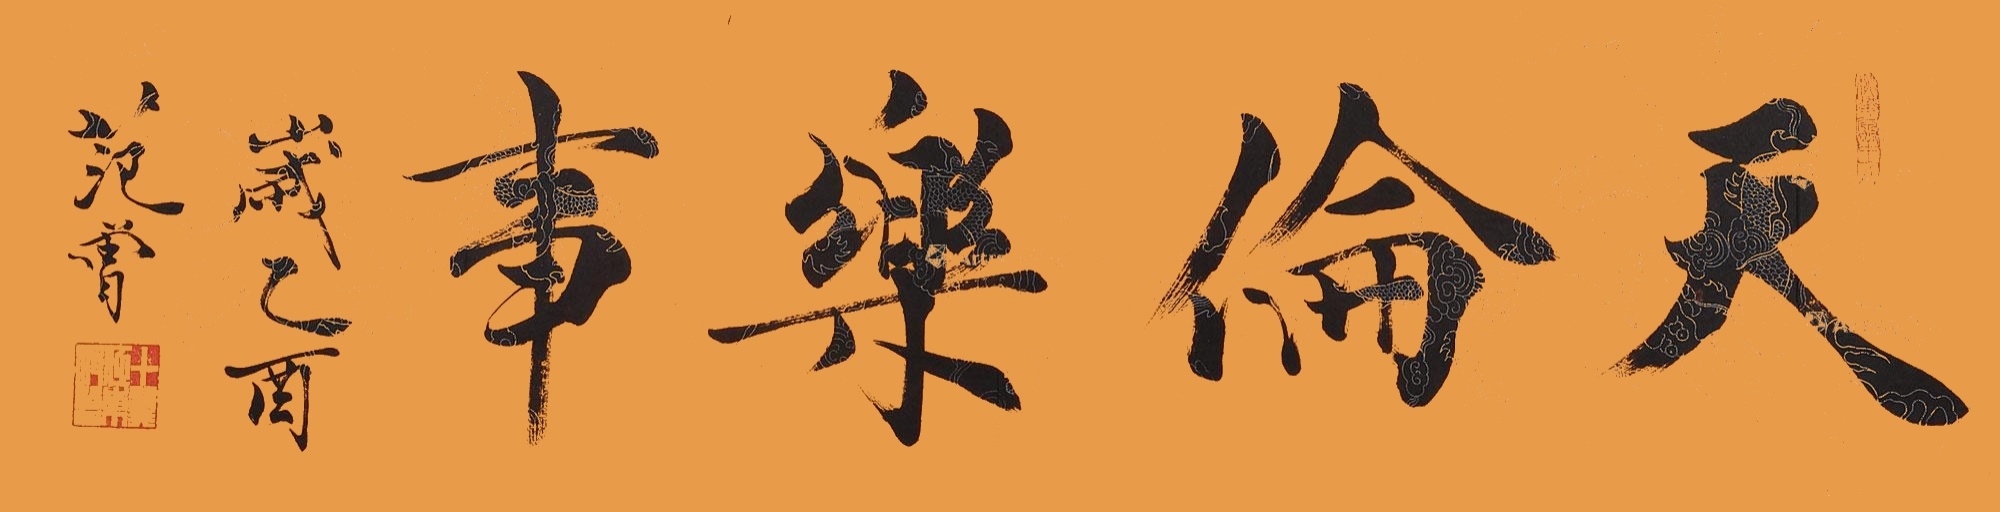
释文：天伦乐事岁乙酉，范曾。